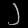
Digit: ၂